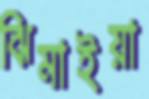
ঝিমাইয়া